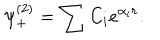
\psi _ { + } ^ { ( 2 ) } = \sum C _ { i } e ^ { \alpha _ { i } r } .